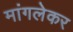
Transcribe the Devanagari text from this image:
मांगलेकर